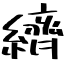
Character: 纃